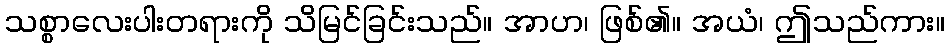
သစ္စာလေးပါးတရားကို သိမြင်ခြင်းသည်။ အာဟ၊ ဖြစ်၏။ အယံ၊ ဤသည်ကား။